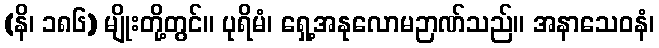
(နိ၊ ၁၈၆) မျိုးတို့တွင်။ ပုရိမံ၊ ရှေ့အနုလောမဉာဏ်သည်။ အနာသေဝနံ၊